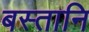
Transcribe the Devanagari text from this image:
बस्तानि